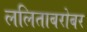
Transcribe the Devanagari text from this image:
ललिताबरोबर